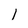
Character: 1